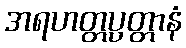
အရဟတ္တပ္ပတ္တာနံ